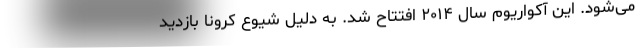
می‌شود. این آکواریوم سال ۲۰۱۴ افتتاح شد. به دلیل شیوع کرونا بازدید